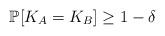
LaTeX: \begin{align*}\mathbb{P}[K_A=K_B]\geq 1-\delta \end{align*}